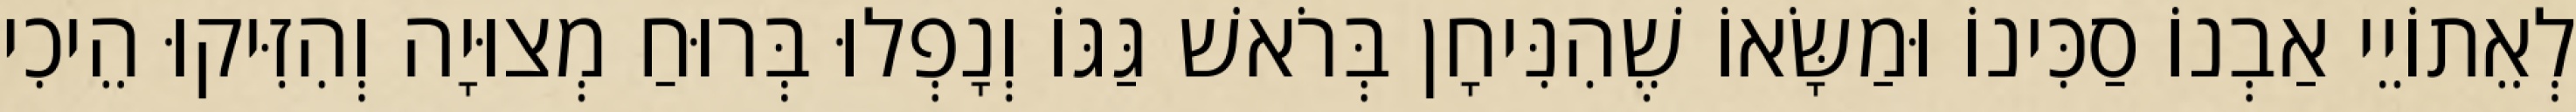
לְאֵתוֹיֵי אַבְנוֹ סַכִּינוֹ וּמַשָּׂאוֹ שֶׁהִנִּיחָן בְּרֹאשׁ גַּגּוֹ וְנָפְלוּ בְּרוּחַ מְצוּיָה וְהִזִּיקוּ הֵיכִי